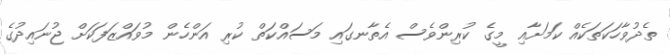
ތެދުވާހަކަތަކެއް ކަމަށާއި މީގެ ކުރިންވެސް އެތާނގައި މަސައްކަތް ކުރި އަންހެން މުވައްޒަފަކަށް ޖުނައިދުގެ